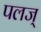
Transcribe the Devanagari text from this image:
पलज्